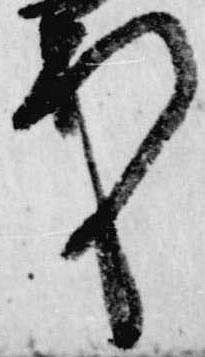
定